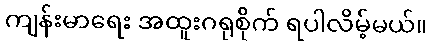
ကျန်းမာရေး အထူးဂရုစိုက် ရပါလိမ့်မယ်။